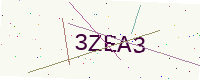
Text: 3ZEA3